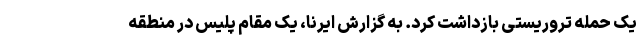
یک حمله تروریستی بازداشت کرد. به گزارش ایرنا، یک مقام پلیس در منطقه